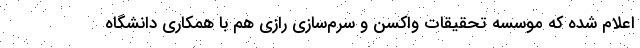
اعلام شده که موسسه تحقیقات واکسن و سرم‌سازی رازی هم با همکاری دانشگاه